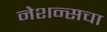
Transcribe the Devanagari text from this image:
नेशन्सचा